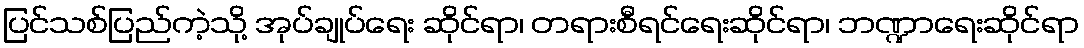
ပြင်သစ်ပြည်ကဲ့သို့ အုပ်ချုပ်ရေး ဆိုင်ရာ၊ တရားစီရင်ရေးဆိုင်ရာ၊ ဘဏ္ဍာရေးဆိုင်ရာ